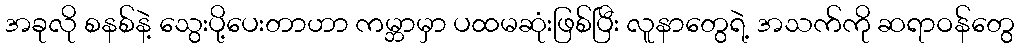
အခုလို စနစ်နဲ့ သွေးပို့ပေးတာဟာ ကမ္ဘာမှာ ပထမဆုံးဖြစ်ပြီး လူနာတွေရဲ့ အသက်ကို ဆရာဝန်တွေ